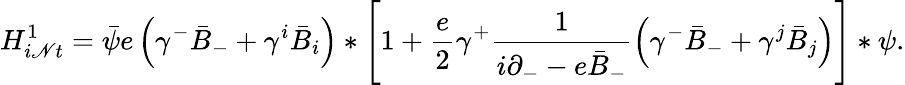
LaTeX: {H}_{i\mathscr{N}t}^{1}=\bar{{\psi}}e\left(\gamma^{-}\bar{{B}}_{-}+\gamma^{i}\bar{{B}}_{i}\right)\ast\left[1+\frac{{e}}{{2}}\gamma^{+}\frac{{1}}{{i\partial_{-}-e\bar{{B}}_{-}}}\left(\gamma^{-}\bar{{B}}_{-}+\gamma^{j}\bar{{B}}_{j}\right)\right]\ast\psi.